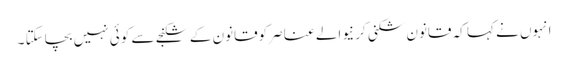
انہوں نے کہا کہ قانون شکنی کر نیوالے عناصر کوقانون کے شکنجے سے کوئی نہیں بچاسکتا ۔